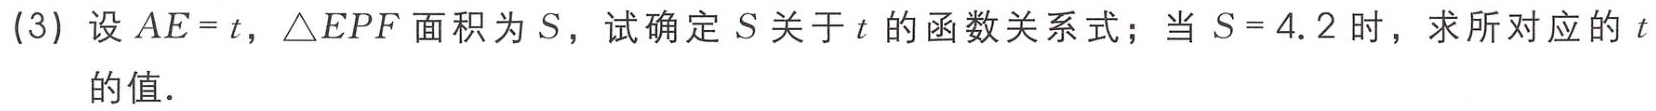
(3) 设 \(AE = t\)，\(\triangle EPF\) 面积为 \(S\)，试确定 \(S\) 关于 \(t\) 的函数关系式；当 \(S = 4.2\) 时，求所对应的 \(t\) 的值.